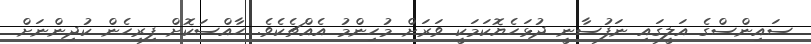
ސައިންސްގެ އަލީގައި ނަފުސާނީ ދުޅަހެޔޮކަމަކީ ވަރަށް މުހިންމު އެއްޗެކެވެ. ހާއްސަކޮށް ފިރިހެން ކުދިންނަށް